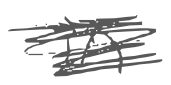
Text: in
Cross-out: scratch
Writing tool: digital_gray